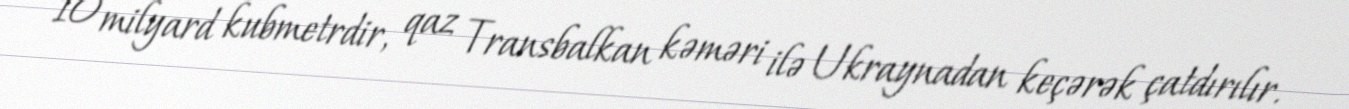
10 milyard kubmetrdir, qaz Transbalkan kəməri ilə Ukraynadan keçərək çatdırılır.